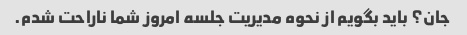
جان؟ باید بگویم از نحوه مدیریت جلسه امروز شما ناراحت شدم.